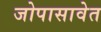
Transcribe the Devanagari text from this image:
जोपासावेत